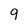
Character: 9